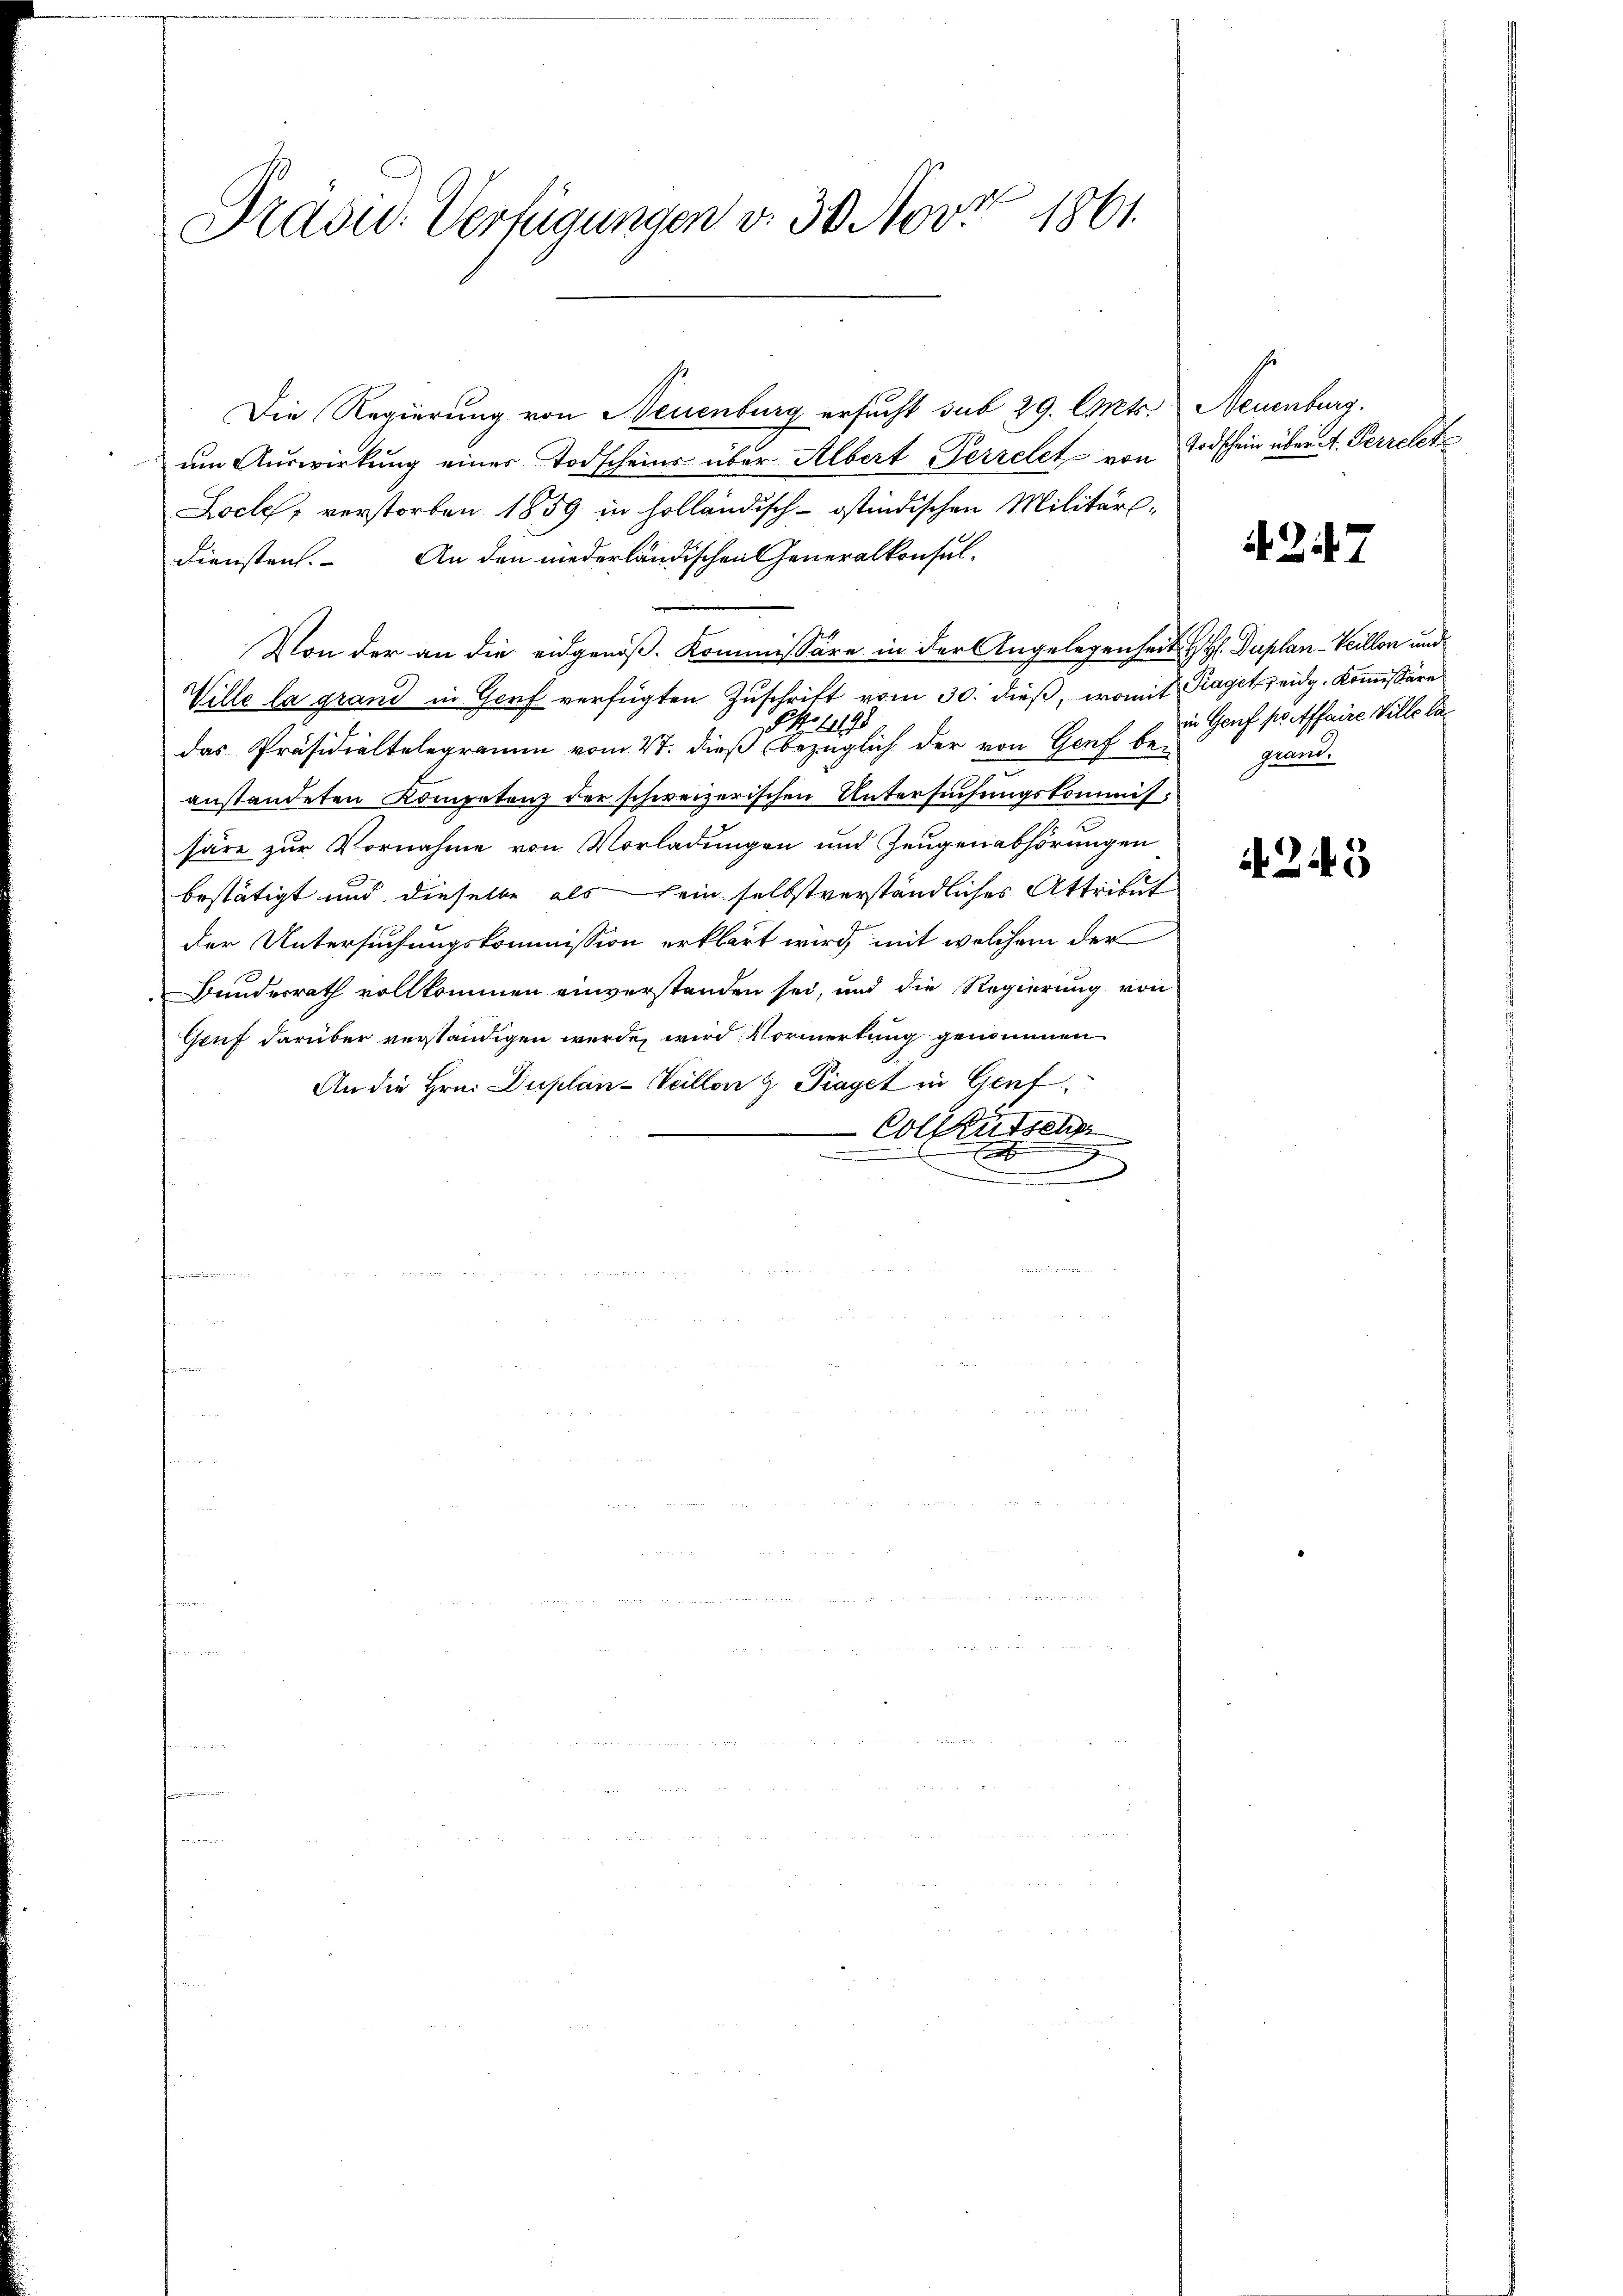
Präsid. Verfügungen v. 30. Nov. 1861.

Die Regierung von Neuenburg ersucht sub 29. Cts. Neuenburg.
um Auswirkung einer Todscheine über Albert Perrelet von Todschein über A. Perrelet
Loch, verstorben 1859 in holländisch-ostindischen Militärdiensten. An den niederländischen Generalkonsul-
Von der an die eidgenöß- Kommissäre in der Angelegenheit H. Duplan-Veillen und
Wille la grand in Genf verfügten Zuschrift vom 30. dieß, womit Raget eidg. Kommissäre
das Präsidialtelegramm vom 27. dieß er englich der von Genf beanstandeten Kompetenz der schweizerischen Untersuchungskommishäre zur Vornahme von Vorladungen und Zeugenabhörungen
bestätigt und dieselbe als sein selbstverständliches Attribut
der Untersuchungskommission erklärt wird, mit welchem der
Bundesrath vollkommen einverstanden sei, und die Regierung von
Gruf darüber verständigen werde, wird Vormerkung genommen
An die Hrn. Duplan- Veillon 9 Piaget in Genf
Colktütsch
t
x

A 247

in Genf po affaire Wille ka
grant.

245